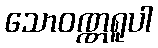
သောဝဏ္ဏရူပါ